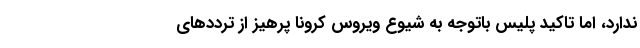
ندارد، اما تاکید پلیس باتوجه به شیوع ویروس کرونا پرهیز از ترددهای